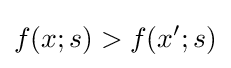
f(x;s)>f(x';s)